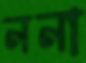
ননা